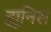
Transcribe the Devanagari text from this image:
ह्यूनिस